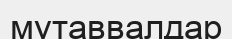
мутаввалдар